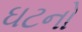
ઘટનો